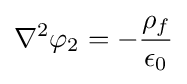
\mathbf {\nabla } ^{2}\varphi _{2}=-{\frac {\rho _{f}}{\epsilon _{0}}}